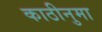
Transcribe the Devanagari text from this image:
काठीनुमा